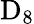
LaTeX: \mathrm{D}_{8}